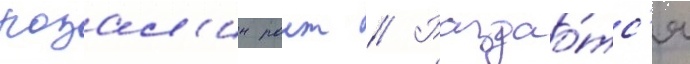
розал'ин раит // Раздао́тс'я